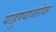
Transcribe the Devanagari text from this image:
पाहुण्याबरोबर